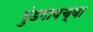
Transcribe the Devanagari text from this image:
मुंडगावच्या